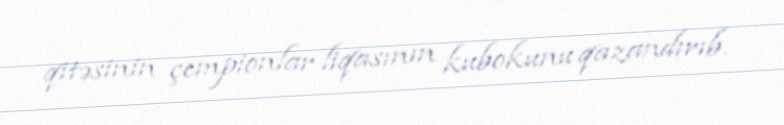
qitəsinin çempionlar liqasının kubokunu qazandırıb.